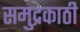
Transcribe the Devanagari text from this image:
समुद्रकाठी